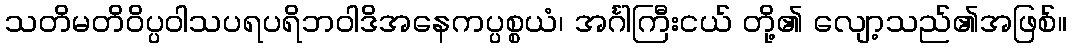
သတိမတိဝိပ္ပဝါသပရပရိဘဝါဒိအနေကပ္ပစ္စယံ၊ အင်္ဂါကြီးငယ် တို့၏ လျော့သည်၏အဖြစ်။